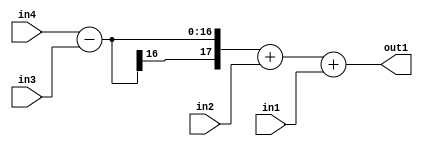
`timescale 1ps / 1ps
/*****************************************************************************
    Verilog RTL Description
    
    
    Created by: Stratus DpOpt 2019.1.01 
*******************************************************************************/

module st_weight_addr_gen_Add3u8u8Subu16u16_4_8 (
	in4,
	in3,
	in2,
	in1,
	out1
	); /* architecture "behavioural" */ 
input [15:0] in4,
	in3;
input [7:0] in2,
	in1;
output [17:0] out1;
wire [17:0] asc001;

wire [17:0] asc001_tmp_0;
wire [17:0] asc001_tmp_1;
assign asc001_tmp_1 = 
	+(in4)
	-(in3);
assign asc001_tmp_0 = asc001_tmp_1
	+(in2);
assign asc001 = asc001_tmp_0
	+(in1);

assign out1 = asc001;
endmodule

/* CADENCE  v7D2SAw= : u9/ySgnWtBlWxVPRXgAZ4Og= ** DO NOT EDIT THIS LINE ******/